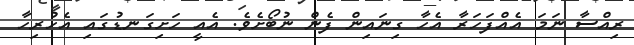
ރިއްސާ ނަމަ އެއްފަހަރާ އެހާ ގިނައިން ފެން ނުބޯށެވެ. އެއީ ހަށިގަނޑުގައި އެހުރިހާ